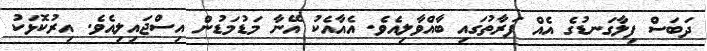
ދަބަސް ފިލާގަނޑުގެ އެއް ފަރާތުގައި ބާއްވާލިއެވެ. އެއާއެކު އޭނާ މަޑުމަޑުން އިސްޖައިލިއެވެ. އިރުކޮޅަކު